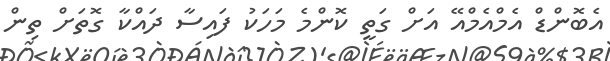
އެބޮންޑް އެމްއެމްއޭ އަށް ގަތީ ކޮންމެ މަހަކު ފައިސާ ދައްކާ ގޮތަށް ތިން